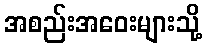
အစည်းအဝေးများသို့